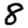
Digit: 8